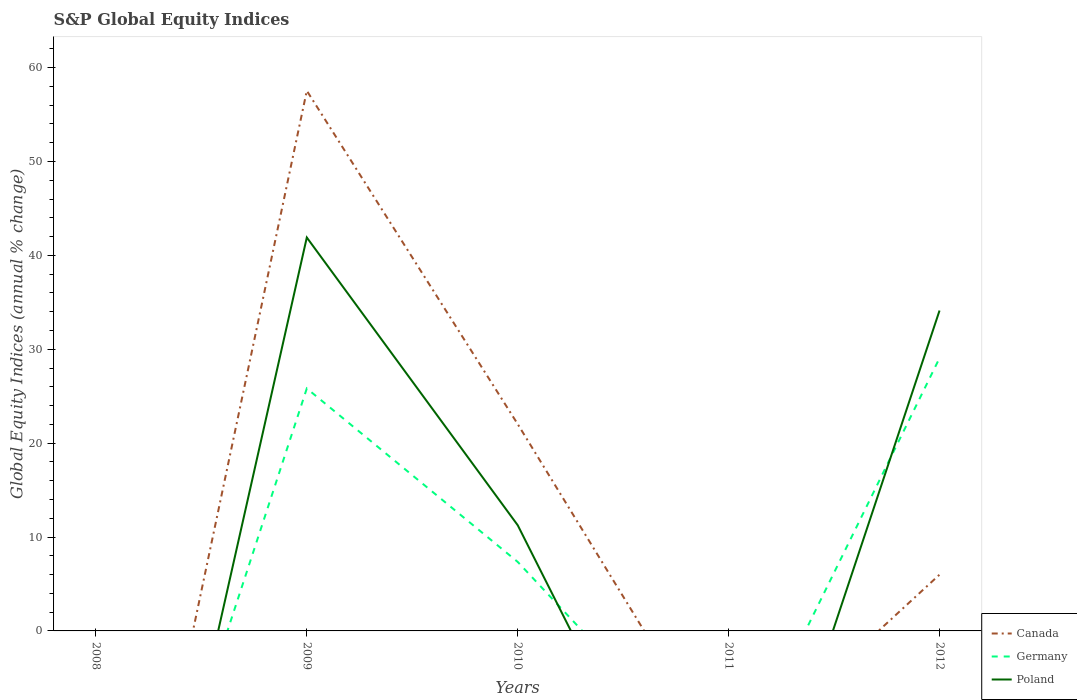
| Years | Canada | Germany | Poland |
 | --- | --- | --- | --- |
 | 2008 | -49 | -42.8 | -57.8 |
 | 2009 | 57.5 | 25.8 | 41.9 |
 | 2010 | 22 | 7.35 | 11.3 |
 | 2011 | -14.7 | -16.6 | -33.4 |
 | 2012 | 5.99 | 29.1 | 34.1 |